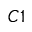
C 1